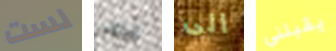
لست مرطب الى يقبلني